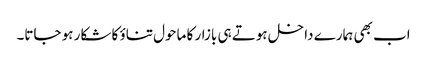
اب بھی ہمارے داخل ہوتے ہی بازار کا ماحول تناؤ کا شکار ہو جاتا۔